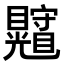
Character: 𥍄